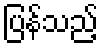
ပြန်သည့်